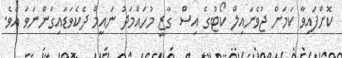
ކޮށްފައިވާ ކަމަށް ޖުވެނައިލް ކޯޓުގެ އިސް ގާޒީ މުހައްމަދު ނައީމް ދެކެވަޑައިގަންނަވަ އެވެ.